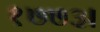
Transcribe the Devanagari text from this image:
१७७३।